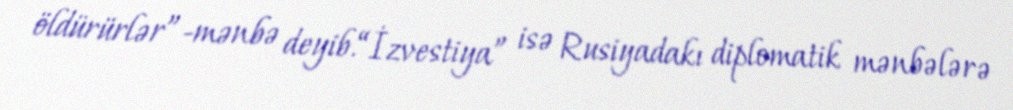
öldürürlər”-mənbə deyib.“İzvestiya” isə Rusiyadakı diplomatik mənbələrə